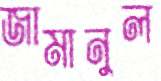
জামানুল